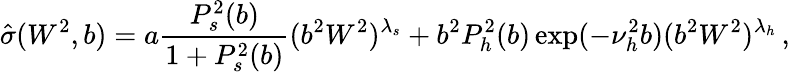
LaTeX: {\hat{\sigma}}(W^{2},b)=a\frac{P_{s}^{2}(b)}{1+P_{s}^{2}(b)}(b^{2}W^{2})^{\lambda_{s}}+b^{2}P_{h}^{2}(b)\exp(-\nu_{h}^{2}b)(b^{2}W^{2})^{\lambda_{h}}\, ,